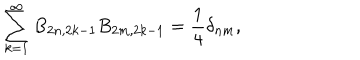
\sum _ { k = 1 } ^ { \infty } B _ { 2 n , 2 k - 1 } B _ { 2 m , 2 k - 1 } = \frac { 1 } { 4 } \delta _ { n m } ,